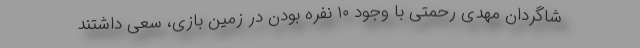
شاگردان مهدی رحمتی با وجود ۱۰ نفره بودن در زمین بازی، سعی داشتند